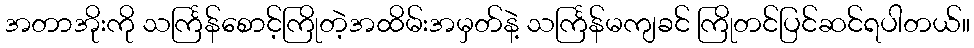
အတာအိုးကို သင်္ကြန်စောင့်ကြိုတဲ့အထိမ်းအမှတ်နဲ့ သင်္ကြန်မကျခင် ကြိုတင်ပြင်ဆင်ရပါတယ်။